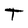
Character: T